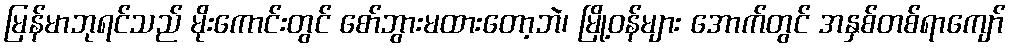
မြန်မာဘုရင်သည် မိုးကောင်းတွင် စော်ဘွားမထားတော့ဘဲ၊ မြို့ဝန်များ အောက်တွင် အနှစ်တစ်ရာကျော်